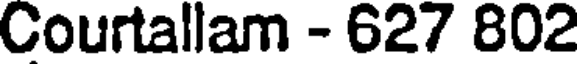
Courtallam - 627 802